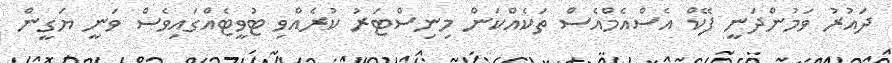
ދައުރު ވަމުންދަނީ ފޭކް އެސްއެމްއެސް ތަކެއްކަން މިނިސްޓަރު ކުރެއްވި ޓުވީޓެއްގައިވެސް ވަނީ ޔަގީން